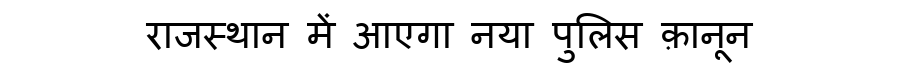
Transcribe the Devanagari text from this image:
राजस्थान में आएगा नया पुलिस क़ानून